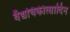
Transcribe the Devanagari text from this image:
वैद्यचिकीत्सादिन